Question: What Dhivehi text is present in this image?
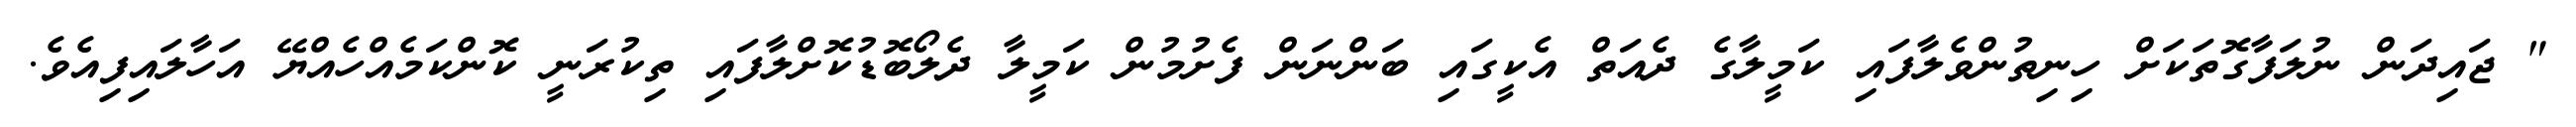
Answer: " ޖައިދަން ނުލަފާގޮތަކަށް ހިނިތުންވެލާފައި ކަމީލާގެ ދެއަތް އެކީގައި ބަންނަން ފެށުމުން ކަމީލާ ދެލޯބޮޑުކޮށްލާފައި ތިކުރަނީ ކޮންކަމެއްހެއްޔޭ އަހާލައިފިއެވެ.